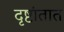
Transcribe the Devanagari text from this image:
दृष्टांतात